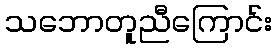
သဘောတူညီကြောင်း